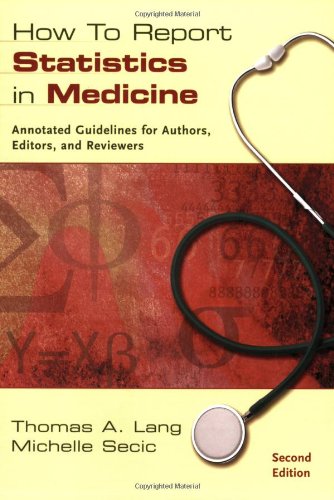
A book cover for How to Report Statistics in Medicine: Annotated Guidelines for Authors, Editors, and Reviewers; Medical Books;